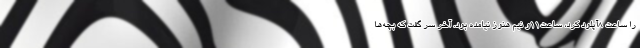
را ساعت 8آپلود کرد، ساعت11و نیم هنوز نیامده بود. آخر سر گفت که بچه‌ها